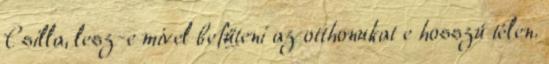
Csilla, lesz-e mivel befűteni az otthonukat e hosszú télen.